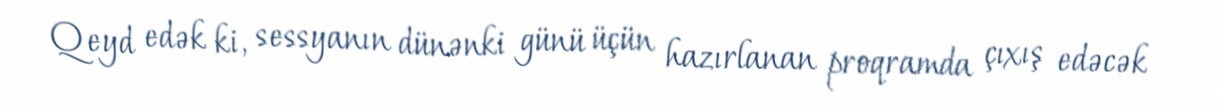
Qeyd edək ki, sessyanın dünənki günü üçün hazırlanan proqramda çıxış edəcək